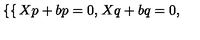
\left\{ \begin{cases} { X p + b p = 0 , } \\ { X q + b q = 0 , } \\ \end{cases} \right.